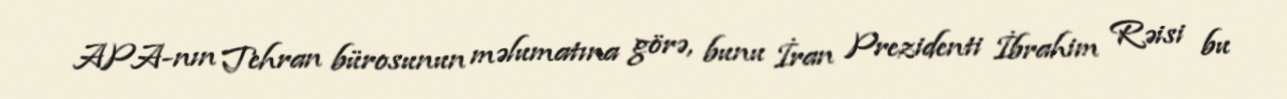
APA-nın Tehran bürosunun məlumatına görə, bunu İran Prezidenti İbrahim Rəisi bu